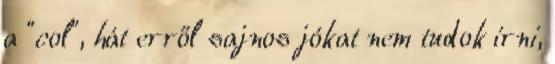
a "col", hát erről sajnos jókat nem tudok írni,